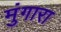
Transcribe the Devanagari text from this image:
मुंगारा